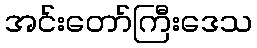
အင်းတော်ကြီးဒေသ